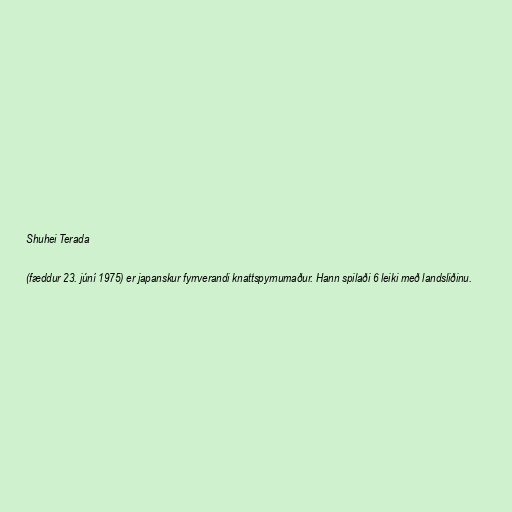
Shuhei Terada

(fæddur 23. júní 1975) er japanskur fyrrverandi knattspyrnumaður. Hann spilaði 6 leiki með landsliðinu.